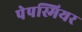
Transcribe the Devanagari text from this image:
पेपस्मियर